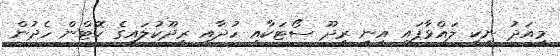
މިއަދު ނިކީ ލައްވާފައި އިނީ ރީދޫ ސޯޓަކާއި ހުދާއި ރީދޫކުލައިގެ ކޮޓްން ހެދުން